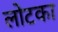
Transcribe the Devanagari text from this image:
लोटका